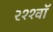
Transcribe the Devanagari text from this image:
२११वॉ